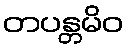
တပန္တမိဝ